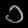
Digit: ၁